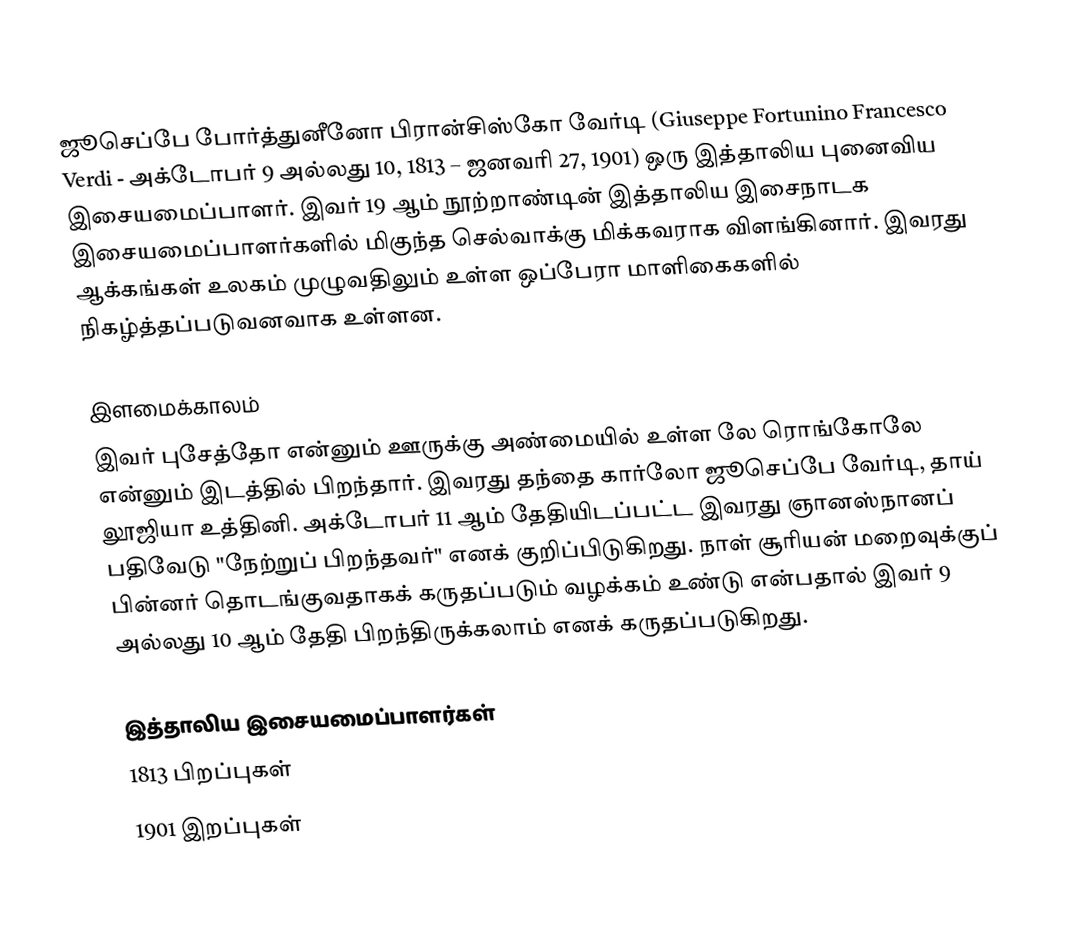
ஜூசெப்பே போர்த்துனீனோ பிரான்சிஸ்கோ வேர்டி (Giuseppe Fortunino Francesco Verdi - அக்டோபர் 9 அல்லது 10, 1813 – ஜனவரி 27, 1901) ஒரு இத்தாலிய புனைவிய இசையமைப்பாளர். இவர் 19 ஆம் நூற்றாண்டின் இத்தாலிய இசைநாடக இசையமைப்பாளர்களில் மிகுந்த செல்வாக்கு மிக்கவராக விளங்கினார். இவரது ஆக்கங்கள் உலகம் முழுவதிலும் உள்ள ஒப்பேரா மாளிகைகளில் நிகழ்த்தப்படுவனவாக உள்ளன.

இளமைக்காலம்
இவர் புசேத்தோ என்னும் ஊருக்கு அண்மையில் உள்ள லே ரொங்கோலே என்னும் இடத்தில் பிறந்தார். இவரது தந்தை கார்லோ ஜூசெப்பே வேர்டி, தாய் லூஜியா உத்தினி. அக்டோபர் 11 ஆம் தேதியிடப்பட்ட இவரது ஞானஸ்நானப் பதிவேடு "நேற்றுப் பிறந்தவர்" எனக் குறிப்பிடுகிறது. நாள் சூரியன் மறைவுக்குப் பின்னர் தொடங்குவதாகக் கருதப்படும் வழக்கம் உண்டு என்பதால் இவர் 9 அல்லது 10 ஆம் தேதி பிறந்திருக்கலாம் எனக் கருதப்படுகிறது.

இத்தாலிய இசையமைப்பாளர்கள்
1813 பிறப்புகள்
1901 இறப்புகள்